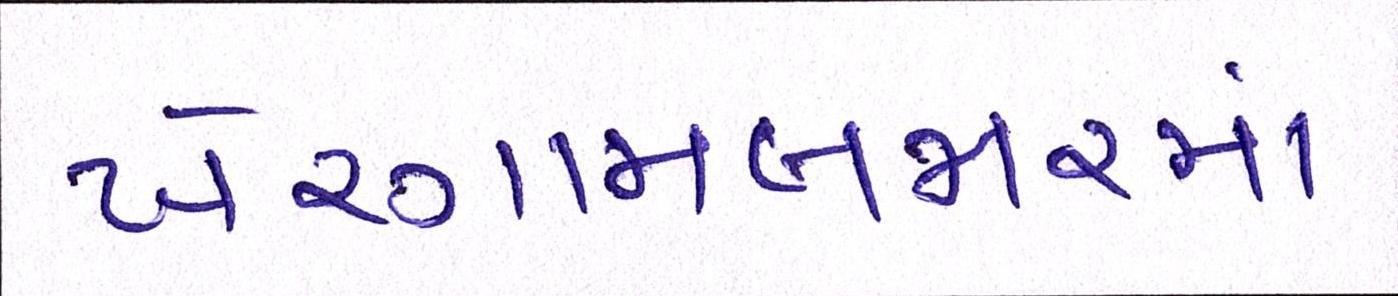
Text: ખેરગામબજારમાં